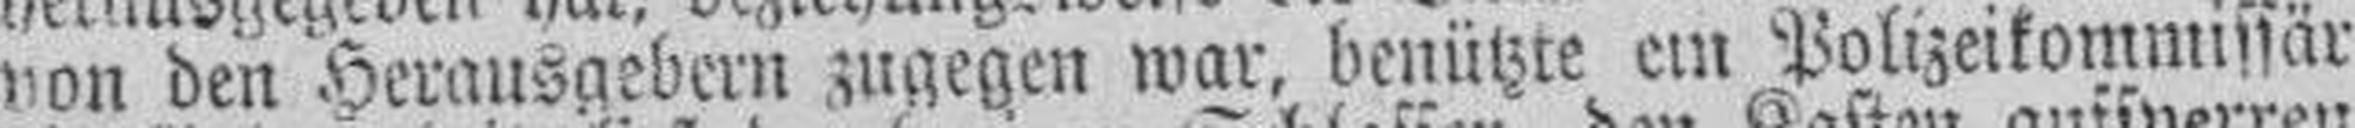
von den Herausgebern zugegen war, benützte ein Pouzeikommissär